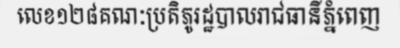
លេខ១២៨គណៈប្រតិភូរដ្ឋបាលរាជធានីភ្នំពេញ